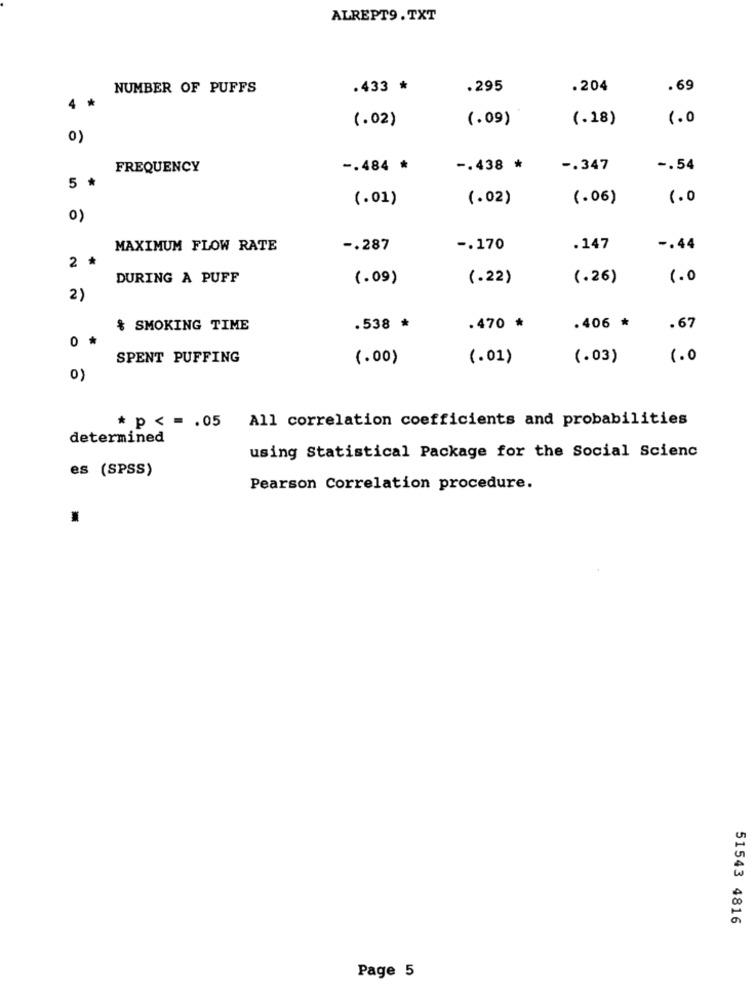
ALREPT9. TXT
NUMBER OF PUFFS
.433 *
.295
.204
.69
4
(.02)
(.09)
(.18)
1.0
FREQUENCY
-. 484 *
-. 438 *
-. 347
-. 54
5 *
(.01)
(.02)
(.06)
1.0
0)
MAXIMUM FLOW RATE
-. 287
-. 170
.147
-. 44
2 *
DURING A PUFF
(.09)
(.22)
(.26)
1.0
2)
$ SMOKING TIME
.538 *
.470 *
.406 *
.67
0 *
SPENT PUFFING
(.00)
(.01)
(.03)
1.0
0)
* p < =. 05 All correlation coefficients and probabilities
determined
using Statistical Package for the Social Scienc
es (SPSS)
Pearson Correlation procedure.
.
51543 4816
Page 5